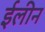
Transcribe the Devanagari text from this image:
ईलीन